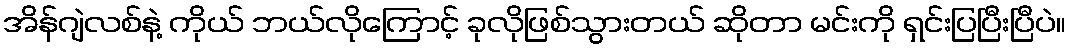
အိန်ဂျဲလစ်နဲ့ ကိုယ် ဘယ်လိုကြောင့် ခုလိုဖြစ်သွားတယ် ဆိုတာ မင်းကို ရှင်းပြပြီးပြီပဲ။